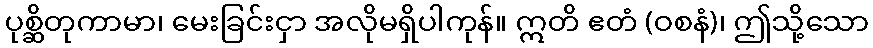
ပုစ္ဆိတုကာမာ၊ မေးခြင်းငှာ အလိုမရှိပါကုန်။ ဣတိ ဧတံ (ဝစနံ)၊ ဤသို့သော